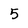
Character: 5